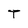
Character: T